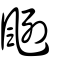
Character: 颲